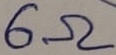
Text: 6Ω